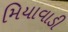
મિયાવાડી